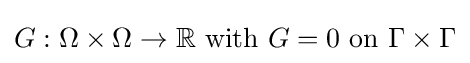
G:\Omega \times \Omega \to \mathbb {R} {\text{ with }}G=0{\text{ on }}\Gamma \times \Gamma